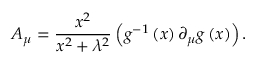
A _ { \mu } = \frac { x ^ { 2 } } { x ^ { 2 } + \lambda ^ { 2 } } \left( g ^ { - 1 } \left( x \right) \partial _ { \mu } g \left( x \right) \right) .